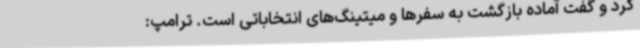
کرد و گفت آماده بازگشت به سفرها و میتینگ‌های انتخاباتی است. ترامپ: